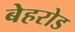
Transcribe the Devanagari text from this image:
बेहरोड